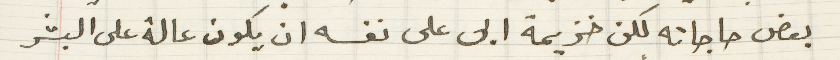
بعض حاجاته لكن خزيمة ابى على نفسه ان يكون عالة على البشر